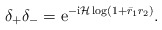
\begin{align*}\delta_{+} \delta_{-}=\mathrm{e}^{-\mathrm{i} \mathcal{H} \log \left(1+\bar{r}_1 r_2\right)} .\end{align*}